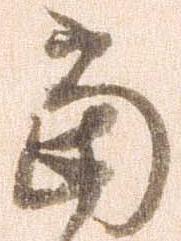
当